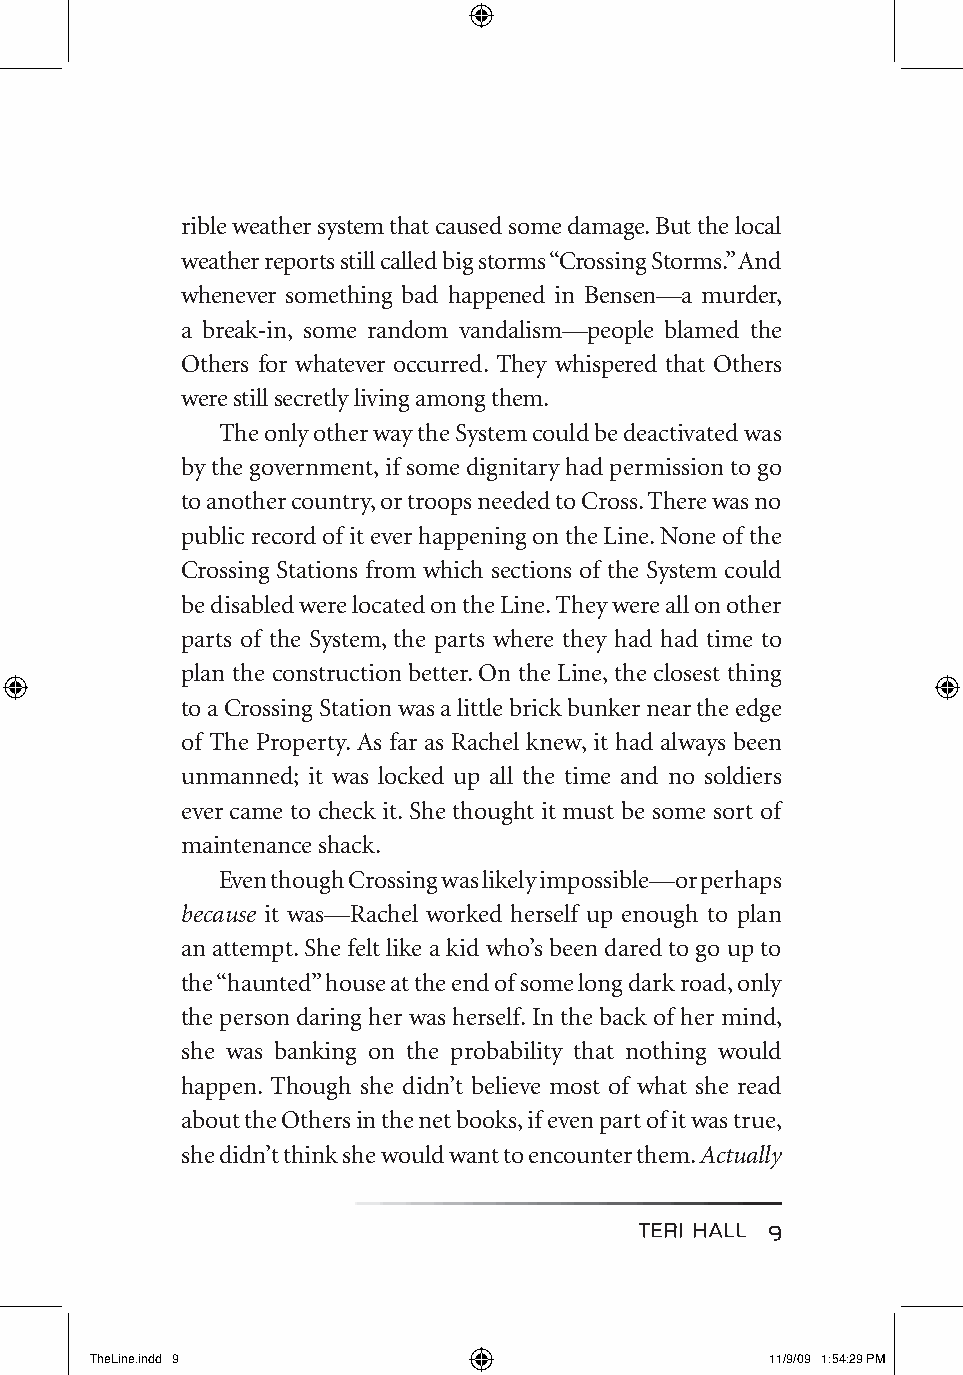
rible weather system that caused some damage. But the local
 weather reports still called big storms “Crossing Storms.” And
 whenever something bad happened in Bensen—a murder,
 a break-in, some random vandalism—people blamed the
 Others for whatever occurred. They whispered that Others
 were still secretly living among them.
 The only other way the System could be deactivated was
 by the government, if some dignitary had permission to go
 to another country, or troops needed to Cross. There was no
 public record of it ever happening on the Line. None of the
 Crossing Stations from which sections of the System could
 be disabled were located on the Line. They were all on other
 parts of the System, the parts where they had had time to
 plan the construction better. On the Line, the closest thing
 to a Crossing Station was a little brick bunker near the edge
 of The Property. As far as Rachel knew, it had always been
 unmanned; it was locked up all the time and no soldiers
 ever came to check it. She thought it must be some sort of
 maintenance shack.
 Even though Crossing was likely impossible—or perhaps
 because it was—Rachel worked herself up enough to plan
 an attempt. She felt like a kid who’s been dared to go up to
 the “haunted” house at the end of some long dark road, only
 the person daring her was herself. In the back of her mind,
 she was banking on the probability that nothing would
 happen. Though she didn’t believe most of what she read
 about the Others in the net books, if even part of it was true,
 she didn’t think she would want to encounter them. Actually
 TerI haLL 9
 TheLine.indd 9                               11/9/09 1:54:29 PM